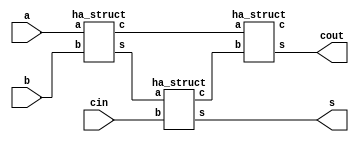
`timescale 1ns / 1ps
//////////////////////////////////////////////////////////////////////////////////
// Company: 
// Engineer: 
// 
// Design Name: 
// Module Name: fa_ha
// Project Name: 
// Target Devices: 
// Tool Versions: 
// Description: 
// 
// Dependencies: 
// 
// Revision:
// Revision 0.01 - File Created
// Additional Comments:
// 
//////////////////////////////////////////////////////////////////////////////////


module fa_ha(
    input a,b,cin,
    output s,cout
    );
    wire w1,w2,w3,w4;
 ha_struct  a1(a,b,w1,w2);
 ha_struct a2(w1,cin,s,w3);
 ha_struct a3(w2,w3,cout,w4);
endmodule
module ha_struct(
    input a,b,
    output s,c
    );
    xor a2(s,a,b);
    and a1(c,a,b);
    
endmodule